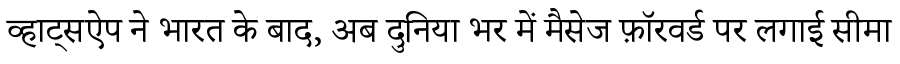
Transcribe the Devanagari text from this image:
व्हाट्सऐप ने भारत के बाद, अब दुनिया भर में मैसेज फ़ॉरवर्ड पर लगाई सीमा